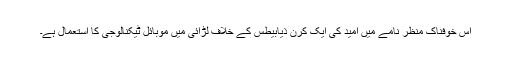
اس خوفناک منظر نامے میں امید کی ایک کرن ذیابیطس کے خلاف لڑائی میں موبائل ٹیکنالوجی کا استعمال ہے۔